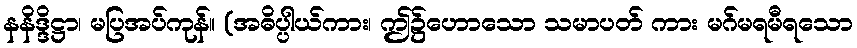
နနိဒ္ဒိဋ္ဌာ၊ မပြအပ်ကုန်။ (အဓိပ္ပါယ်ကား၊ ဤ၌ဟောသော သမာပတ် ကား မဂ်မရမီရသော